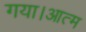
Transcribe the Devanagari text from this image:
गया।आत्म